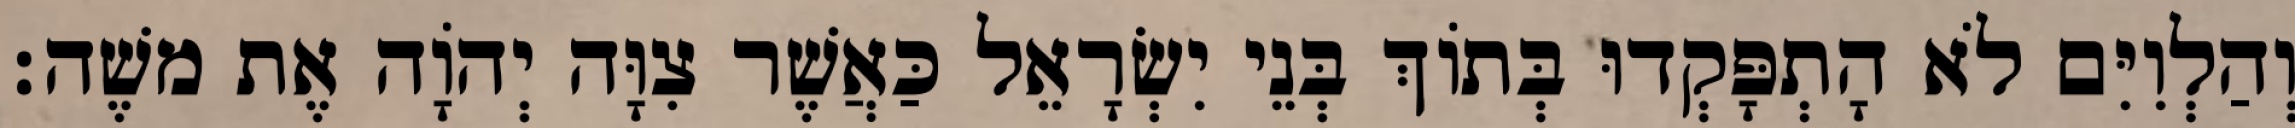
וְהַלְוִיִּם לֹא הָתְפָּקְדוּ בְּתוֹךְ בְּנֵי יִשְׂרָאֵל כַּאֲשֶׁר צִוָּה יְהוָֹה אֶת משֶׁה׃